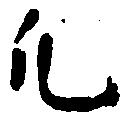
凡